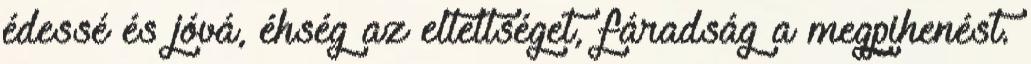
édessé és jóvá, éhség az elteltséget, fáradság a megpihenést.